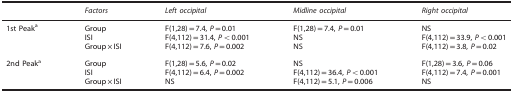
<table><thead><tr><td><b> </b></td><td><b><i>Factors</i></b></td><td><b><i>Left occipital</i></b></td><td><b><i>Midline occipital</i></b></td><td><b><i>Right occipital</i></b></td></tr></thead><tbody><tr><td>1st Peaka</td><td>GroupISIGroup × ISI</td><td>F(1,28)=7.4, <i>P</i>=0.01F(4,112)=31.4, <i>P</i>&lt;0.001F(4,112)=7.6, <i>P</i>=0.002</td><td>F(1,28)=7.4, <i>P</i>=0.01NSNS</td><td>NSF(4,112)=33.9, <i>P</i>&lt;0.001F(4,112)=3.8, <i>P</i>=0.02</td></tr><tr><td colspan="5"> </td></tr><tr><td>2nd Peaka</td><td>GroupISIGroup × ISI</td><td>F(1,28)=5.6, <i>P</i>=0.02F(4,112)=6.4, <i>P</i>=0.002NS</td><td>NSF(4,112)=36.4, <i>P</i>&lt;0.001F(4,112)=5.1, <i>P</i>=0.006</td><td>F(1,28)=3.6, <i>P</i>=0.06F(4,112)=7.4, <i>P</i>=0.001NS</td></tr></tbody></table>